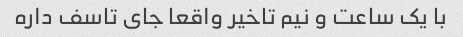
با یک ساعت و نیم تاخیر واقعا جای تاسف داره